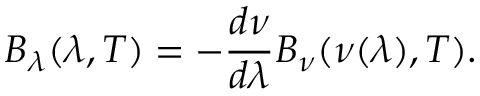
B _ { \lambda } ( \lambda , T ) = - { \frac { d \nu } { d \lambda } } B _ { \nu } ( \nu ( \lambda ) , T ) .